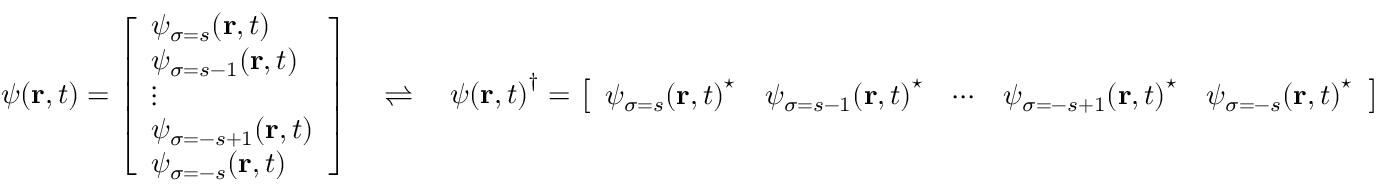
\psi ( \mathbf { r } , t ) = { \left[ \begin{array} { l } { \psi _ { \sigma = s } ( \mathbf { r } , t ) } \\ { \psi _ { \sigma = s - 1 } ( \mathbf { r } , t ) } \\ { \vdots } \\ { \psi _ { \sigma = - s + 1 } ( \mathbf { r } , t ) } \\ { \psi _ { \sigma = - s } ( \mathbf { r } , t ) } \end{array} \right] } \quad \rightleftharpoons \quad { \psi ( \mathbf { r } , t ) } ^ { \dagger } = { \left[ \begin{array} { l l l l l } { { \psi _ { \sigma = s } ( \mathbf { r } , t ) } ^ { \star } } & { { \psi _ { \sigma = s - 1 } ( \mathbf { r } , t ) } ^ { \star } } & { \cdots } & { { \psi _ { \sigma = - s + 1 } ( \mathbf { r } , t ) } ^ { \star } } & { { \psi _ { \sigma = - s } ( \mathbf { r } , t ) } ^ { \star } } \end{array} \right] }